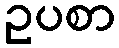
ဥပစာ